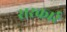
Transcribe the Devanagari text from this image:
सरकार्र